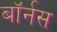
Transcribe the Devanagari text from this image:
बॉर्नस